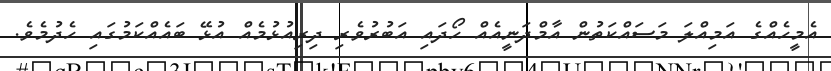
އެމީހެއްގެ އަމިއްލަ މަސައްކަތުން އާމްދަނީއެއް ހޯދައި އަބުރުވެރި ދިރިއުޅުމެއް އުޅޭ ބައެއްކަމުގައި ހެދުމެވެ.